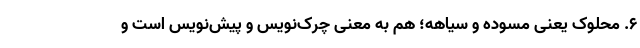
۶. محلوک یعنی مسوّده و سیاهه؛ هم به معنی چرک‌نویس و پیش‌نویس است و